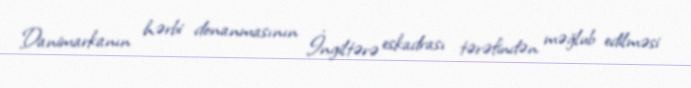
Danimarkanın hərbi donanmasının İngiltərə eskadrası tərəfindən məğlub edilməsi